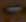
0